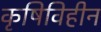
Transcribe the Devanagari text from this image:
कृषिविहीन